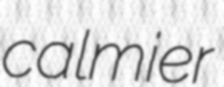
calmier